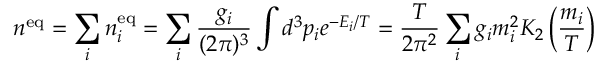
n ^ { \mathrm { e q } } = \sum _ { i } n _ { i } ^ { \mathrm { e q } } = \sum _ { i } \frac { g _ { i } } { ( 2 \pi ) ^ { 3 } } \int d ^ { 3 } p _ { i } e ^ { - E _ { i } / T } = \frac { T } { 2 \pi ^ { 2 } } \sum _ { i } g _ { i } m _ { i } ^ { 2 } K _ { 2 } \left( \frac { m _ { i } } { T } \right)